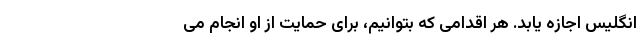
انگلیس اجازه یابد. هر اقدامی که بتوانیم، برای حمایت از او انجام می